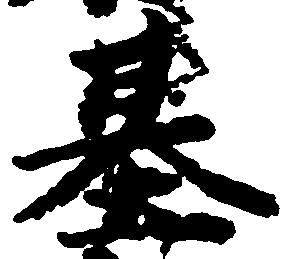
基